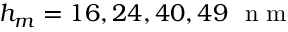
h _ { m } = 1 6 , 2 4 , 4 0 , 4 9 ~ \mathrm { ~ n ~ m ~ }